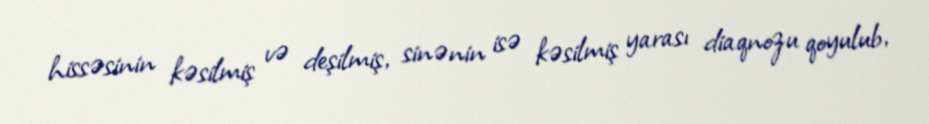
hissəsinin kəsilmiş və deşilmiş, sinənin isə kəsilmiş yarası diaqnozu qoyulub,